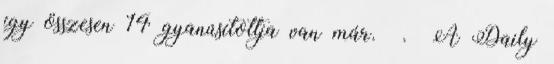
így összesen 14 gyanúsítottja van már. . A Daily